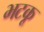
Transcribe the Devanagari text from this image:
भटकू